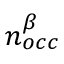
n _ { o c c } ^ { \beta }